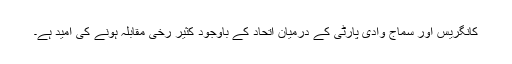
کانگریس اور سماج وادی پارٹی کے درمیان اتحاد کے باوجود کثیر رخی مقابلہ ہونے کی امید ہے۔